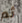
ثم